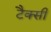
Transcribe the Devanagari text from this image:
टैक्सी